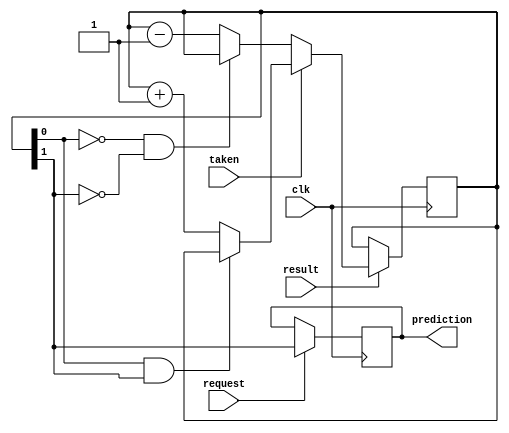
module predictor(input wire request, result, clk, taken, output reg prediction);

reg [1:0] counter = 2'b11;

always@(posedge clk)
    begin
        if (request)
            prediction = counter[1];

        if (result)
            begin
                if (taken == 1'b1)
                    begin
                        if (!(counter[0] == 1 && counter[1] == 1))
                            begin
                                counter = counter + 1;
                            end
                    end
                else 
                    begin
                        if (!(counter[0] == 0 && counter[1] == 0))
                            counter = counter - 1;
                    end
            end

    end

endmodule